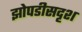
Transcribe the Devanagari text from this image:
झोपडीसदृश